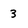
Character: 3